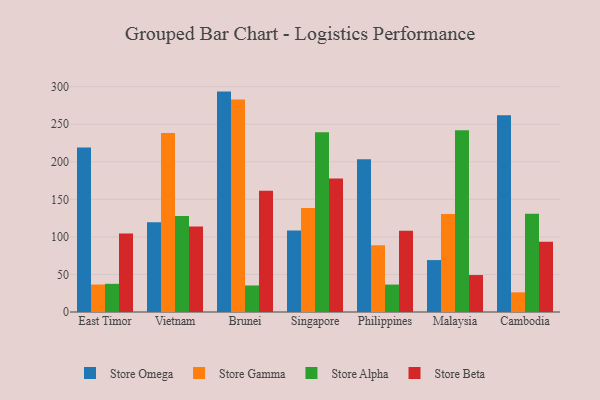
{"axis": {"x": "Country", "y": "Shipments"}, "legend": ["Store Alpha", "Store Beta", "Store Gamma", "Store Omega"], "data": [{"x": "East Timor", "y": 219.0, "type": "Store Omega"}, {"x": "East Timor", "y": 36.6, "type": "Store Gamma"}, {"x": "East Timor", "y": 37.5, "type": "Store Alpha"}, {"x": "East Timor", "y": 104.4, "type": "Store Beta"}, {"x": "Vietnam", "y": 119.6, "type": "Store Omega"}, {"x": "Vietnam", "y": 238.2, "type": "Store Gamma"}, {"x": "Vietnam", "y": 127.7, "type": "Store Alpha"}, {"x": "Vietnam", "y": 113.9, "type": "Store Beta"}, {"x": "Brunei", "y": 293.4, "type": "Store Omega"}, {"x": "Brunei", "y": 283.0, "type": "Store Gamma"}, {"x": "Brunei", "y": 35.3, "type": "Store Alpha"}, {"x": "Brunei", "y": 161.5, "type": "Store Beta"}, {"x": "Singapore", "y": 108.4, "type": "Store Omega"}, {"x": "Singapore", "y": 138.6, "type": "Store Gamma"}, {"x": "Singapore", "y": 239.3, "type": "Store Alpha"}, {"x": "Singapore", "y": 177.6, "type": "Store Beta"}, {"x": "Philippines", "y": 203.4, "type": "Store Omega"}, {"x": "Philippines", "y": 88.9, "type": "Store Gamma"}, {"x": "Philippines", "y": 36.5, "type": "Store Alpha"}, {"x": "Philippines", "y": 108.0, "type": "Store Beta"}, {"x": "Malaysia", "y": 69.1, "type": "Store Omega"}, {"x": "Malaysia", "y": 130.4, "type": "Store Gamma"}, {"x": "Malaysia", "y": 241.8, "type": "Store Alpha"}, {"x": "Malaysia", "y": 49.2, "type": "Store Beta"}, {"x": "Cambodia", "y": 261.9, "type": "Store Omega"}, {"x": "Cambodia", "y": 26.2, "type": "Store Gamma"}, {"x": "Cambodia", "y": 130.7, "type": "Store Alpha"}, {"x": "Cambodia", "y": 93.6, "type": "Store Beta"}]}